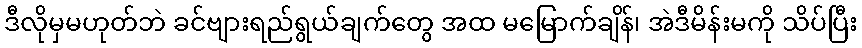
ဒီလိုမှမဟုတ်ဘဲ ခင်ဗျားရည်ရွယ်ချက်တွေ အထ မမြောက်ချိန်၊ အဲဒီမိန်းမကို သိပ်ပြီး